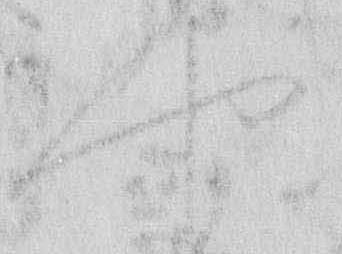
や